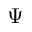
\Psi